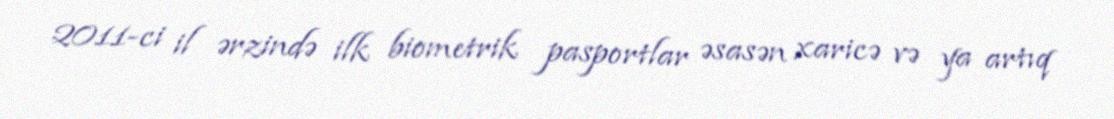
2011-ci il ərzində ilk biometrik pasportlar əsasən xaricə və ya artıq